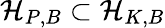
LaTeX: \mathcal{H}_{P,B}\subset\mathcal{H}_{K,B}